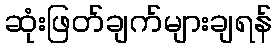
ဆုံးဖြတ်ချက်များချရန်